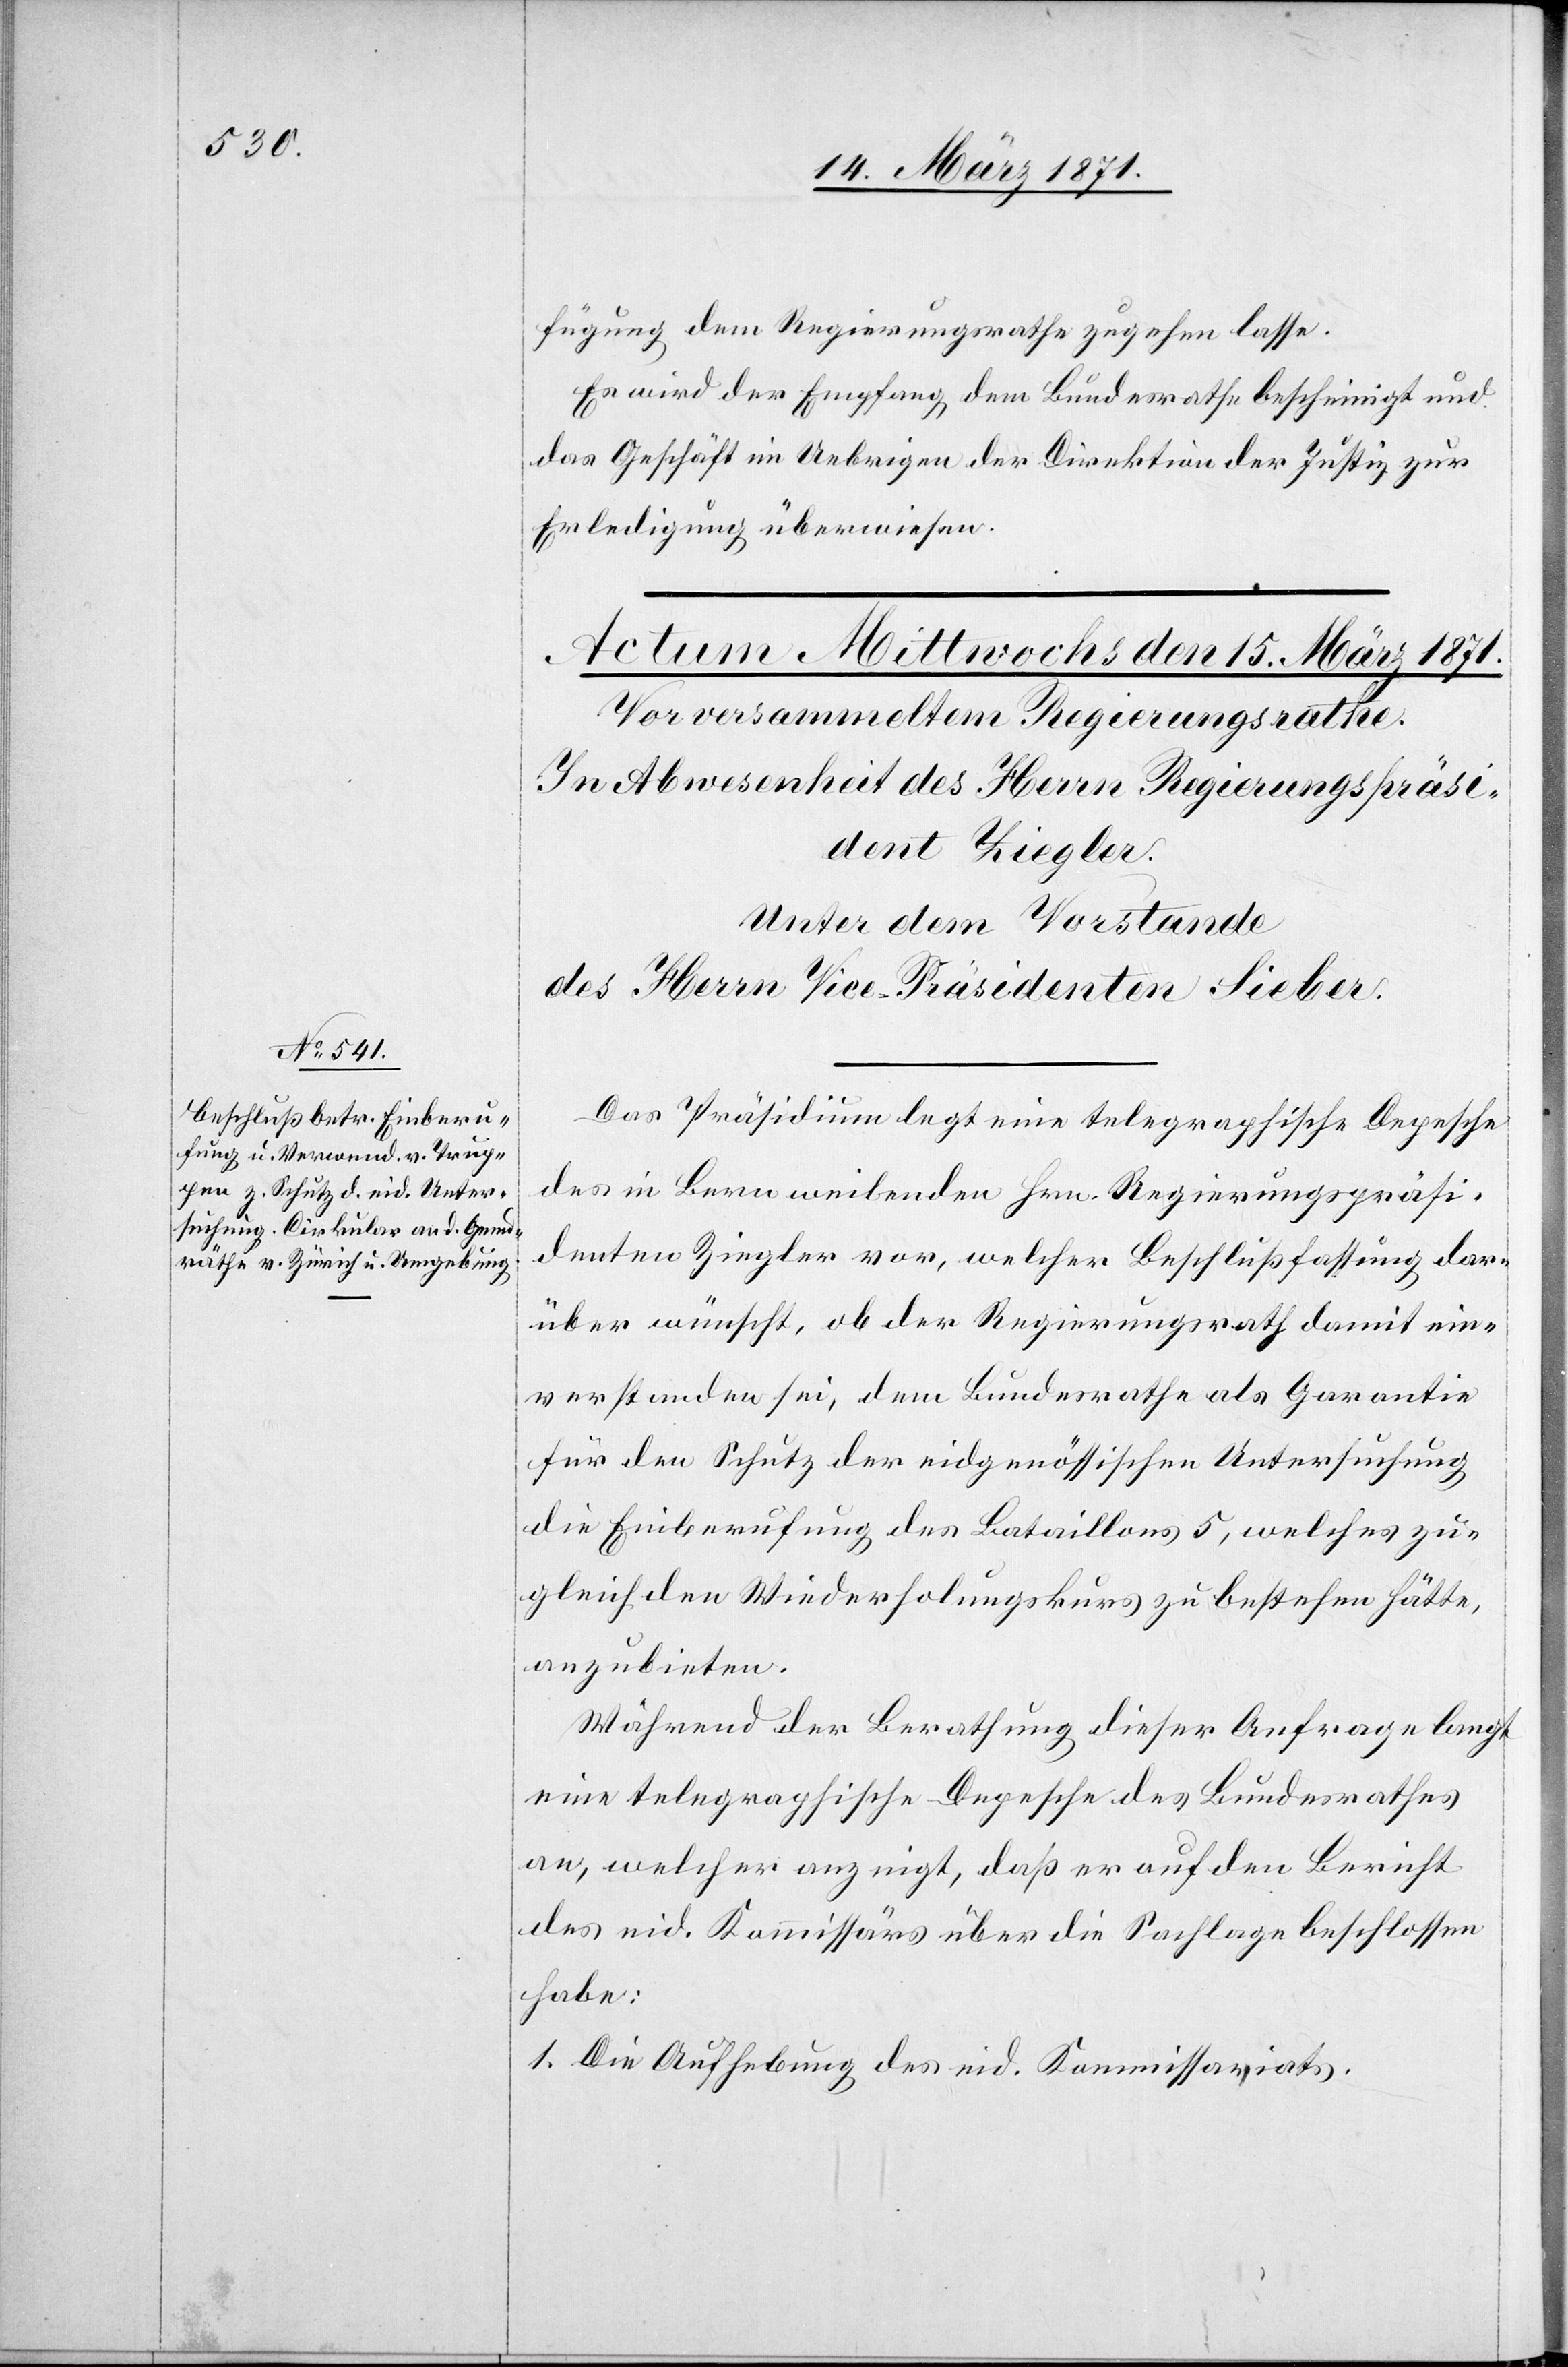
fügung dem Regierungsrathe zugehen lasse.
Es wird der Empfang dem Bundesrath bescheinigt und
das Geschäft im Uebrigen der Direktion der Justiz zur
Erledigung überwiesen.
Das Präsidium legt eine telegraphische Depesche
des in Bern weilenden Hrn. Regierungspräsi¬
denten Ziegler vor, welcher Beschlußfassung dar¬
über wünscht, ob der Regierungsrath damit ein¬
verstanden sei, dem Bundesrathe als Garantie
für den Schutz der eidgenössischen Untersuchung
die Einberufung des Bataillons 5, welches zu¬
gleich den Wiederholungskurs zu bestehen hätte,
anzubieten.
Während der Berathung dieser Anfrage langt
eine telegraphische Depesche des Bundesrathes
an, welcher anzeigt, daß er auf den Bericht
des eid. Kommissärs über die Sachlage beschlossen
habe:
1. Die Aufhebung des eid. Kommissariats.